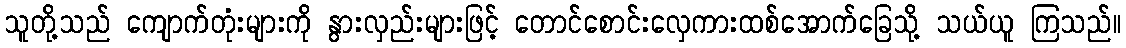
သူတို့သည် ကျောက်တုံးများကို နွားလှည်းများဖြင့် တောင်စောင်းလှေကားထစ်အောက်ခြေသို့ သယ်ယူ ကြသည်။